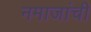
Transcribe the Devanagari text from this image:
नमाजांची